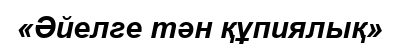
«Әйелге тән құпиялық»